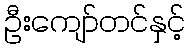
ဦးကျော်တင်နှင့်